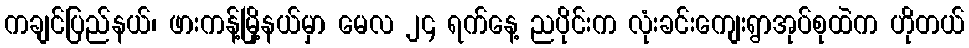
ကချင်ပြည်နယ်၊ ဖားကန့်မြို့နယ်မှာ မေလ ၂၄ ရက်နေ့ ညပိုင်းက လုံးခင်းကျေးရွာအုပ်စုထဲက ဟိုတယ်